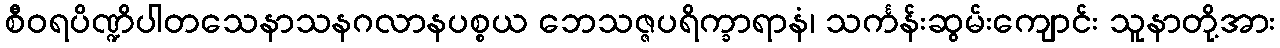
စီဝရပိဏ္ဍိပါတသေနာသနဂလာနပစ္စယ ဘေသဇ္ဇပရိက္ခာရာနံ၊ သင်္ကန်းဆွမ်းကျောင်း သူနာတို့အား